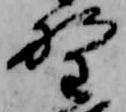
野